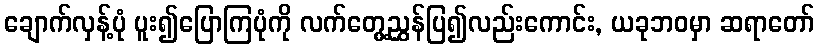
ချောက်လှန့်ပုံ ပူး၍ပြောကြပုံကို လက်တွေ့ညွှန်ပြ၍လည်းကောင်း, ယခုဘဝမှာ ဆရာတော်